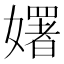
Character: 𡣈